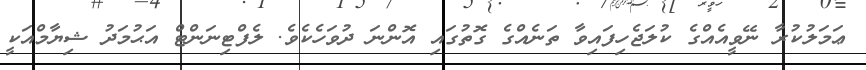
ޢަމަލުކުރާ ނޭވީއެއްގެ ކުލަޖެހިފައިވާ ތަނެއްގެ ގޮތުގައި އޮންނަ ދުވަހެކެވެ. ލެފްޓިނަންޓް އަޙުމަދު ޝިޔާމްއަކީ